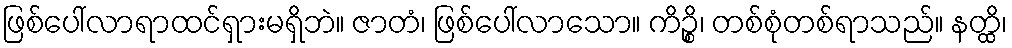
ဖြစ်ပေါ်လာရာထင်ရှားမရှိဘဲ။ ဇာတံ၊ ဖြစ်ပေါ်လာသော။ ကိဉ္စိ၊ တစ်စုံတစ်ရာသည်။ နတ္ထိ၊